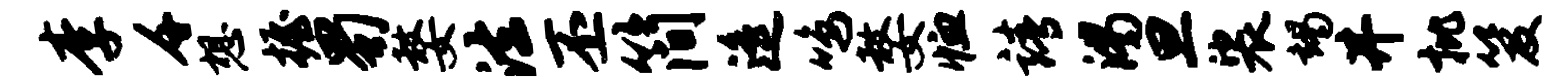
李千想握蜀嫠法丕简遥鸣嫠恤靖渴旦裟竭井批笈